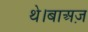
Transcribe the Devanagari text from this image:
थे।बाअज़